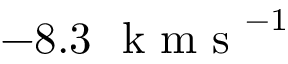
- 8 . 3 \ \mathrm { ~ k ~ m ~ s ~ } ^ { - 1 }